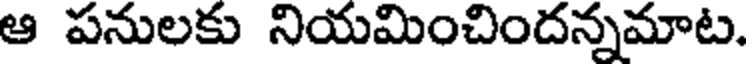
ఆ పనులకు నియమించిందన్నమాట.